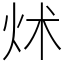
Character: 炢